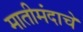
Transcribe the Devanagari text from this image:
मातीमंदाचे